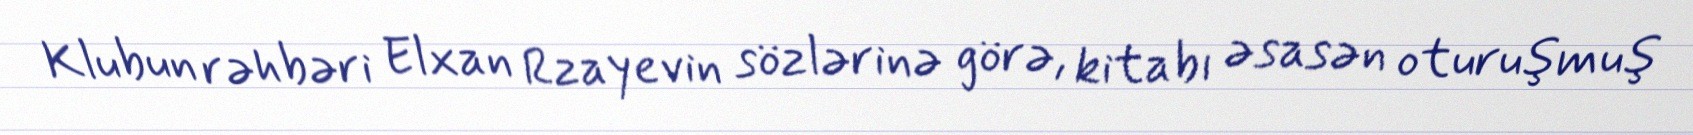
Klubun rəhbəri Elxan Rzayevin sözlərinə görə, kitabı əsasən oturuşmuş